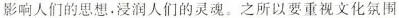
影响人们的思想。浸润人们的灵魂。之所以要重视文化氛围